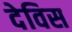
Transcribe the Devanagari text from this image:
देविस